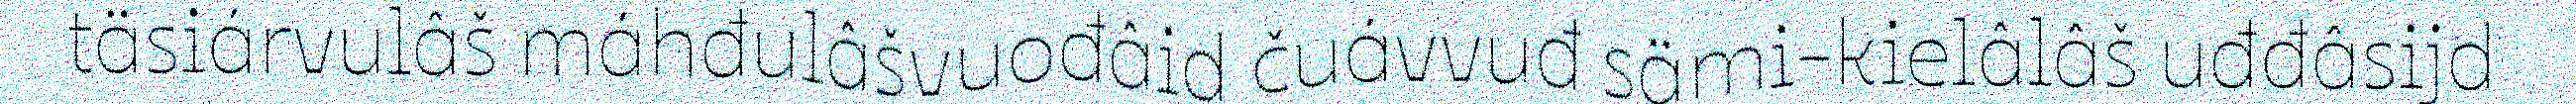
täsiárvulâš máhđulâšvuođâid čuávvuđ sämi-kielâlâš uđđâsijd